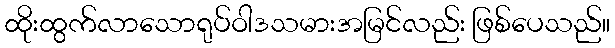
ထိုးထွက်လာသောရုပ်ဝါဒသမားအမြင်လည်း ဖြစ်ပေသည်။